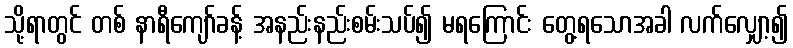
သို့ရာတွင် တစ် နာရီကျော်ခန့် အနည်းနည်းစမ်းသပ်၍ မရကြောင်း တွေ့ရသောအခါ လက်လျှော့၍